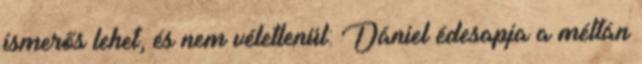
ismerős lehet, és nem véletlenül: Dániel édesapja a méltán